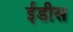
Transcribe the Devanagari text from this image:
ईडीस